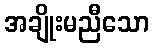
အချိုးမညီသော